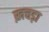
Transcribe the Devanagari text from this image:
ख़चड़ा